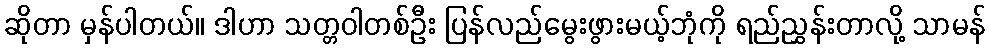
ဆိုတာ မှန်ပါတယ်။ ဒါဟာ သတ္တဝါတစ်ဦး ပြန်လည်မွေးဖွားမယ့်ဘုံကို ရည်ညွှန်းတာလို့ သာမန်